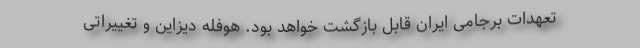
تعهدات برجامی ایران قابل بازگشت خواهد بود. هوفله دیزاین و تغییراتی